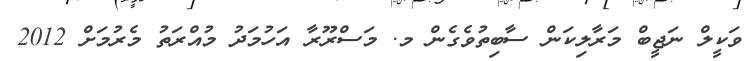
ވަކީލް ނަޖީބް މަރާލިކަން ސާބިތުވެގެން މ. މަސްރޫރާ އަހުމަދު މުއްރަތު މެރުމަށް 2012